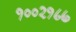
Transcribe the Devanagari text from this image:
१००२१८७